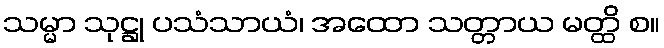
သမ္မာ သုဋ္ဌု ပသံသာယံ၊ အထော သတ္တာယ မတ္ထိ စ။